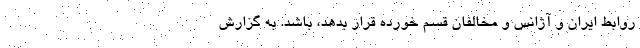
روابط ایران و آژانس و مخالفان قسم خورده قرار بدهد، باشد. به گزارش